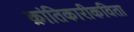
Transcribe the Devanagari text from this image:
क्रांतिकारीकविता